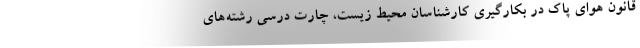
قانون هوای پاک در بکارگیری کارشناسان محیط زیست، چارت درسی رشته‌های